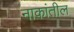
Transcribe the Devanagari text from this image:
नाकांतील